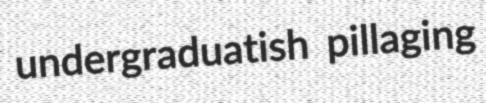
undergraduatish pillaging